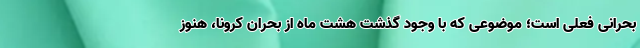
بحرانی فعلی است؛ موضوعی که با وجود گذشت هشت ماه از بحران کرونا، هنوز